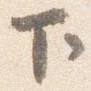
下